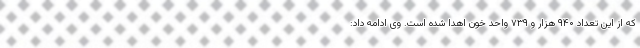
که از این تعداد ۹۴۰ هزار و ۷۳۹ واحد خون اهدا شده است. وی ادامه داد: